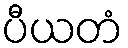
ပီယတံ